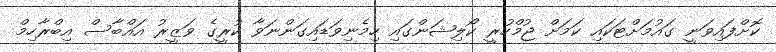
ކޮށްފައިވަނީ ގައުމަށްޓަކައި ކަމަށް ޖުމްހުރީ ކޯލިޝަންގައި ހިމެނިވަޑައިގަންނަވާ ކުރީގެ ވަޒީރު އައްބާސް އިބްރާހިމް